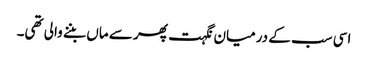
اسی سب کے درمیان نگہت پھر سے ماں بننے والی تھی۔